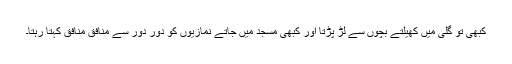
کبھی تو گلی میں کھیلتے بچوں سے لڑ پڑتا اور کبھی مسجد میں جاتے نمازیوں کو دور دور سے منافق منافق کہتا رہتا۔